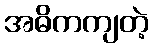
အဓိကကျတဲ့